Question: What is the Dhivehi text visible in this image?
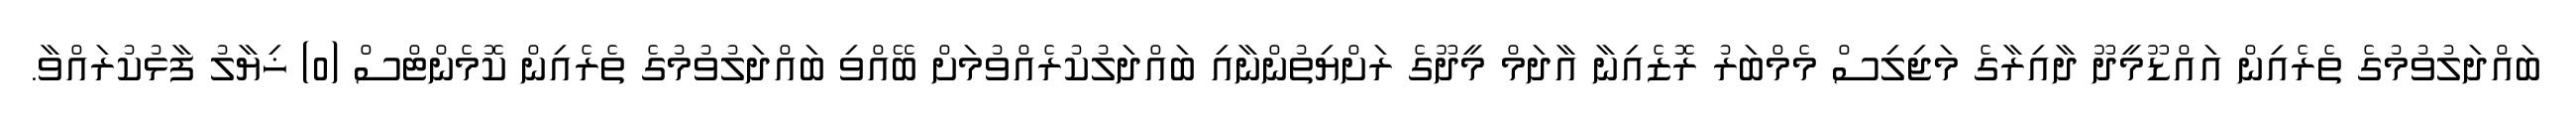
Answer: ބައްދަލުވުމުގެ ތެރެއިން އައްޑޫމީދޫ ދާއިރާގެ މަޖިލިސް މެމްބަރު ރޮޒެއިނާ އާދަމް މީދޫގެ ރަށްޔިތުންނާއި ބައްދަލުކުރެއްވުމަށް ބޭއްވި ބައްދަލުވުމުގެ ތެރެއިން ކޮމެންޓްސް (0) ޚިޔާލު ފާޅުކުރައްވާ.